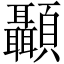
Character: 顳